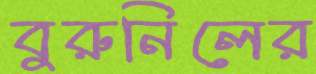
বুরুনিলের